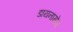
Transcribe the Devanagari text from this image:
डायनामोज